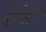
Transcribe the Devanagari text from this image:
हैवीलैंड